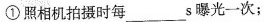
①照相机拍摄时每___s曝光一次；